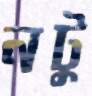
নটু